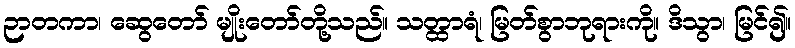
ဉာတကာ၊ ဆွေတော် မျိုးတော်တို့သည်။ သတ္ထာရံ၊ မြတ်စွာဘုရားကို။ ဒိသွာ၊ မြင်၍။